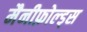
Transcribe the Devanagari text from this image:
मैनीफ़ोल्ड्स